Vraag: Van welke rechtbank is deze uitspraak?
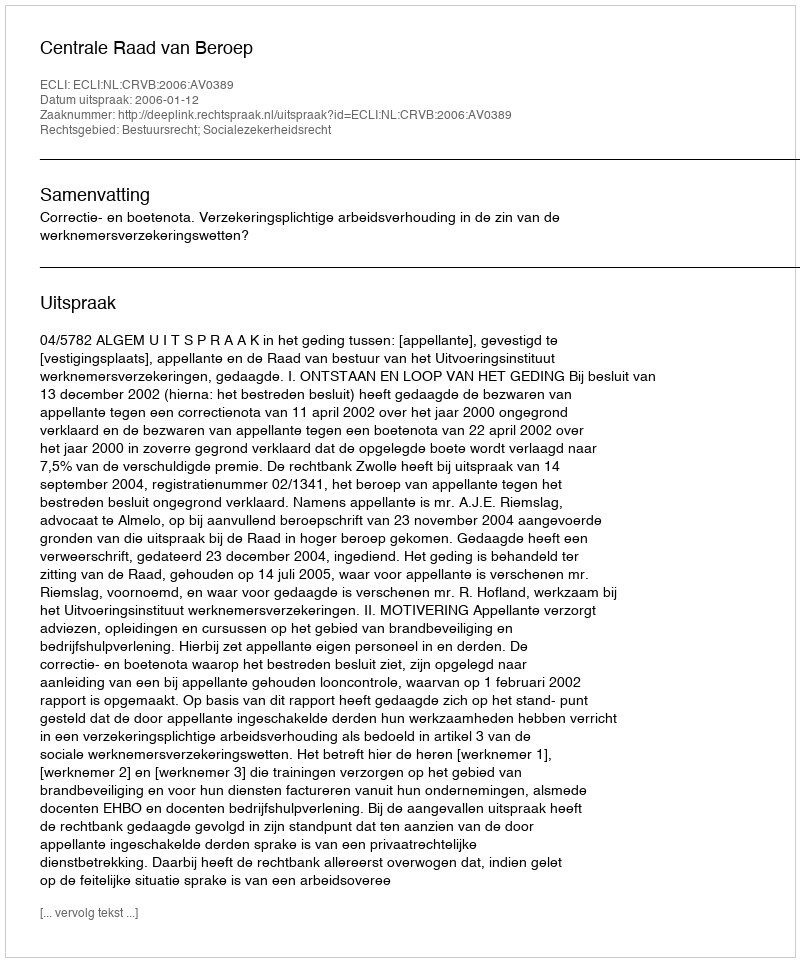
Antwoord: Centrale Raad van Beroep